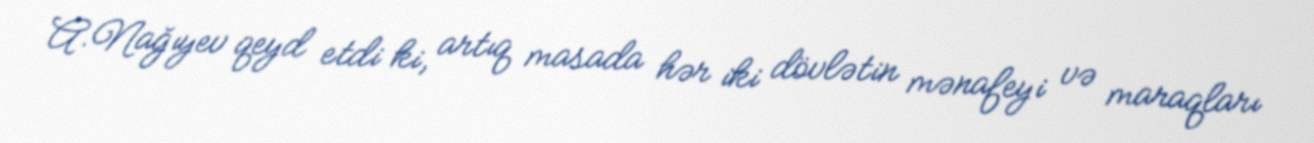
A.Nağıyev qeyd etdi ki, artıq masada hər iki dövlətin mənafeyi və maraqları